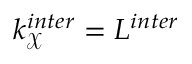
k _ { \mathcal { X } } ^ { i n t e r } = L ^ { i n t e r }